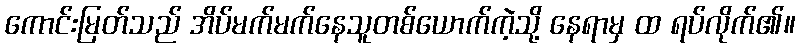
ကောင်းမြတ်သည် အိပ်မက်မက်နေသူတစ်ယောက်ကဲ့သို့ နေရာမှ ထ ရပ်လိုက်၏။